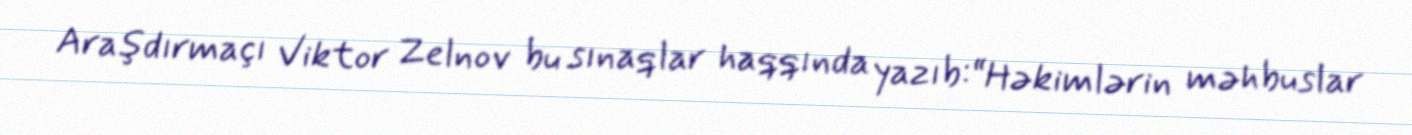
Araşdırmaçı Viktor Zelnov bu sınaqlar haqqında yazıb:“Həkimlərin məhbuslar